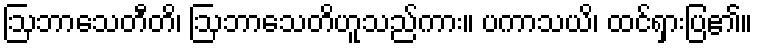
ဩဘာသေတီတိ၊ ဩဘာသေတိဟူသည်ကား။ ပကာသယိ၊ ထင်ရှားပြ၏။